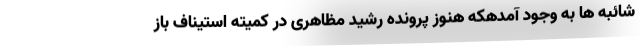
شائبه ها به وجود آمدهکه هنوز پرونده رشید مظاهری در کمیته استیناف باز